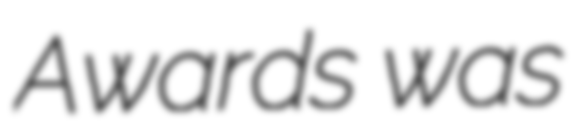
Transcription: Awards was